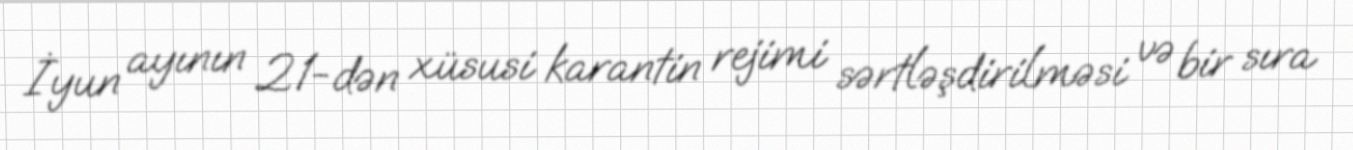
İyun ayının 21-dən xüsusi karantin rejimi sərtləşdirilməsi və bir sıra